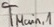
Text: TMain,1